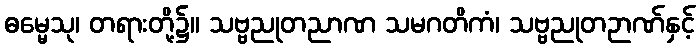
ဓမ္မေသု၊ တရားတို့၌။ သဗ္ဗညုတညာဏ သမဂတိကံ၊ သဗ္ဗညုတဉာဏ်နှင့်